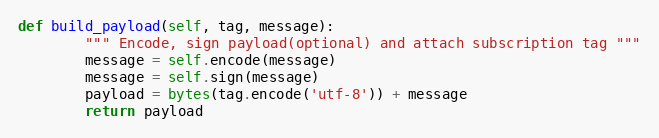
Language: Python
def build_payload(self, tag, message):
        """ Encode, sign payload(optional) and attach subscription tag """
        message = self.encode(message)
        message = self.sign(message)
        payload = bytes(tag.encode('utf-8')) + message
        return payload